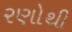
રણોથી